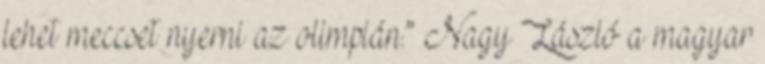
lehet meccset nyerni az olimpián.” Nagy László a magyar